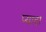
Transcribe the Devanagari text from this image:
प्‍यादा